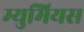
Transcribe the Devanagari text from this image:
म्युमियस